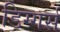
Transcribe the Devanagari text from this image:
डिग्गर्स